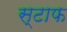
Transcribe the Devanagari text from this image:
स्टाफ